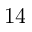
1 4